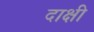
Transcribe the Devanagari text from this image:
दाक्षी